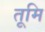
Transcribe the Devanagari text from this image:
तूमि